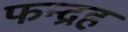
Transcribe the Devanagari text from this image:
फन्द्रह